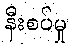
နီးစပ်မှု